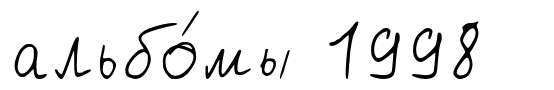
альбо́мы 1998